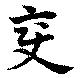
変